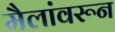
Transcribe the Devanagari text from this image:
मैलांवरून